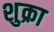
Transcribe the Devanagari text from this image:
शुक्रा